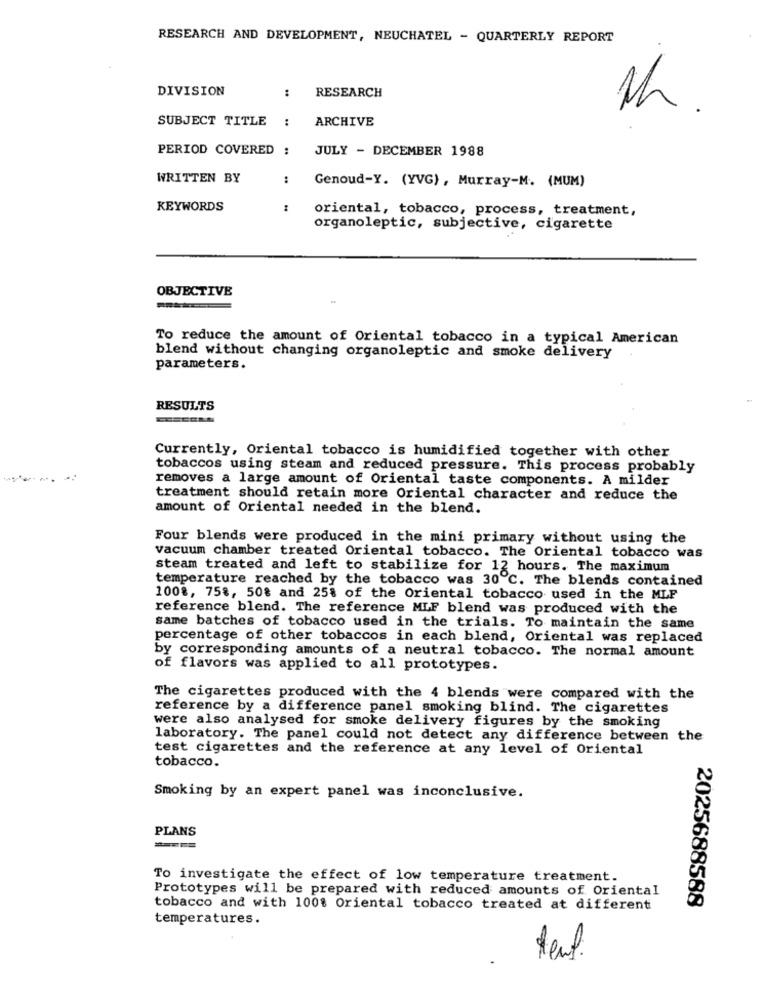
RESEARCH AND DEVELOPMENT, NEUCHATEL - QUARTERLY REPORT
DIVISION
..
RESEARCH
Mh.
SUBJECT TITLE
:
ARCHIVE
PERIOD COVERED :
JULY - DECEMBER 1988
WRITTEN BY
..
Genoud-Y. (YVG), Murray-M. (MUM)
KEYWORDS
oriental, tobacco, process, treatment,
organoleptic, subjective, cigarette
OBJECTIVE
To reduce the amount of Oriental tobacco in a typical American
blend without changing organoleptic and smoke delivery
parameters.
RESULTS
Currently, Oriental tobacco is humidified together with other
tobaccos using steam and reduced pressure. This process probably
removes a large amount of Oriental taste components. A milder
treatment should retain more Oriental character and reduce the
amount of Oriental needed in the blend.
Four blends were produced in the mini primary without using the
vacuum chamber treated Oriental tobacco. The Oriental tobacco was
steam treated and left to stabilize for 12 hours. The maximum
temperature reached by the tobacco was 30 ℃. The blends contained
1008, 758, 50% and 258 of the Oriental tobacco used in the MLF
reference blend. The reference MLF blend was produced with the
same batches of tobacco used in the trials. To maintain the same
percentage of other tobaccos in each blend, Oriental was replaced
by corresponding amounts of a neutral tobacco. The normal amount
of flavors was applied to all prototypes.
The cigarettes produced with the 4 blends were compared with the
reference by a difference panel smoking blind. The cigarettes
were also analysed for smoke delivery figures by the smoking
laboratory. The panel could not detect any difference between the
test cigarettes and the reference at any level of Oriental
tobacco.
Smoking by an expert panel was inconclusive.
PLANS
===
To investigate the effect of low temperature treatment.
Prototypes will be prepared with reduced amounts of Oriental
2025688588
tobacco and with 100% Oriental tobacco treated at different
temperatures.
teut.